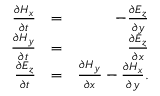
\begin{array} { r l r } { \frac { \partial H _ { x } } { \partial t } } & { = } & { - \frac { \partial E _ { z } } { \partial y } } \\ { \frac { \partial H _ { y } } { \partial t } } & { = } & { \frac { \partial E _ { z } } { \partial x } } \\ { \frac { \partial E _ { z } } { \partial t } } & { = } & { \frac { \partial H _ { y } } { \partial x } - \frac { \partial H _ { x } } { \partial y } . } \end{array}